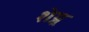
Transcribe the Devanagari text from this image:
शेय्र्र